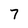
Character: 7